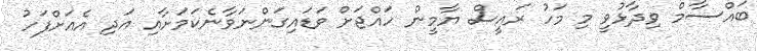
ބައްސާމް ވިދާޅުވީ މި މަހު ރައީސް ޔާމީން ހައްޖަށް ވަޑައިގަންނަވާނެކަމަށާއި އަދި އެއަށްފަހު